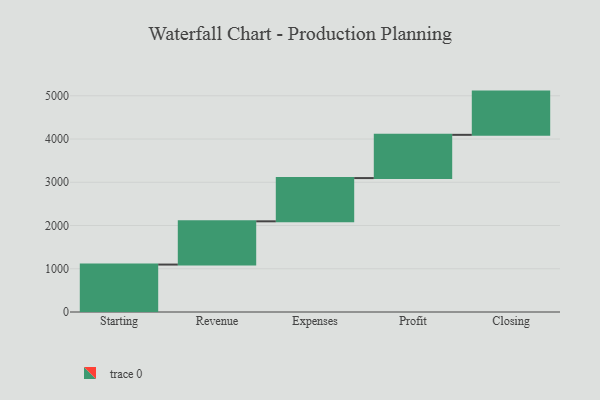
{"axis": {"x": "Step", "y": "Value"}, "legend": [""], "data": [{"x": "Starting", "y": 1097.0, "type": ""}, {"x": "Revenue", "y": 1000, "type": ""}, {"x": "Expenses", "y": 1000, "type": ""}, {"x": "Profit", "y": 1000, "type": ""}, {"x": "Closing", "y": 1000, "type": ""}]}